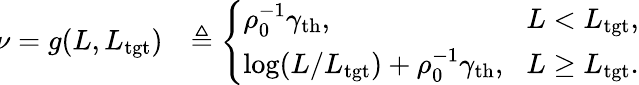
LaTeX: \begin{array}{rl}{\! \nu=g(L,L_{\mathrm{tgt}})}&{\triangleq\left\{ \begin{array}{ll}{\rho_{0}^{-1}\gamma_{\mathrm{th}},}&{\! L<L_{\mathrm{tgt}},}\\ {\log(L/L_{\mathrm{tgt}})+\rho_{0}^{-1}\gamma_{\mathrm{th}},}&{\! L\geq L_{\mathrm{tgt}}.}\end{array}\right.}\end{array}